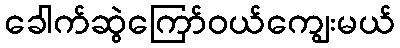
ခေါက်ဆွဲကြော်ဝယ်ကျွေးမယ်